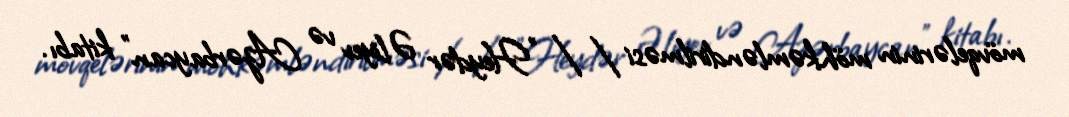
mövqelərinin möhkəmləndirilməsi // "Heydər Əliyev və Azərbaycan" kitabı.